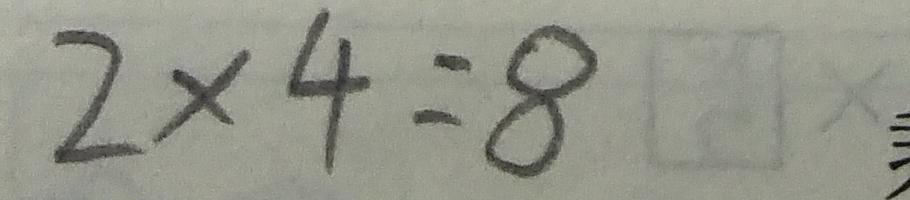
2 \times 4 = 8